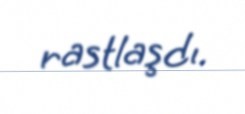
rastlaşdı.